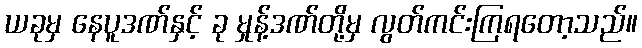
ယခုမှ နေပူဒဏ်နှင့် ခု မှုန့်ဒဏ်တို့မှ လွတ်ကင်းကြရတော့သည်။